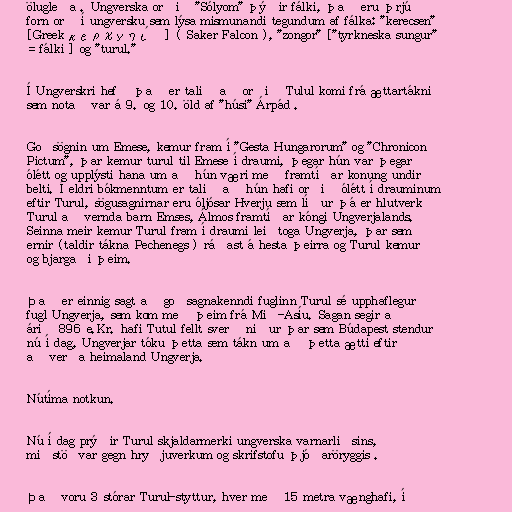
ölugleða . Ungverska orðið "Sólyom" þýðir fálki, það eru þrjú
forn orð í ungversku sem lýsa mismunandi tegundum af fálka: "kerecsen"
[Greek κερχνηίς] ( Saker Falcon ), "zongor" ["tyrkneska sungur"
= fálki ] og "turul."

Í Ungverskri hefð það er talið að orðið Tulul komi frá ættartákni
sem notað var á 9. og 10. öld af "húsi" Árpád .

Goðsögnin um Emese, kemur fram í "Gesta Hungarorum" og "Chronicon
Pictum", þar kemur turul til Emese í draumi, þegar hún var þegar
ólétt og upplýsti hana um að hún væri með framtíðar konung undir
belti. Í eldri bókmenntum er talið að hún hafi orðið ólétt í drauminum
eftir Turul, sögusagnirnar eru óljósar Hverju sem líður þá er hlutverk
Turul að vernda barn Emses, Álmos framtíðar kóngi Ungverjalands.
Seinna meir kemur Turul fram í draumi leiðtoga Ungverja, þar sem
ernir (taldir tákna Pechenegs ) ráðast á hesta þeirra og Turul kemur
og bjargaði þeim.

Það er einnig sagt að goðsagnakenndi fuglinn Turul sé upphaflegur
fugl Ungverja, sem kom með þeim frá Mið-Asíu. Sagan segir að
árið 896 e.Kr. hafi Tutul fellt sverð niður þar sem Búdapest stendur
nú í dag, Ungverjar tóku þetta sem tákn um að þetta ætti eftir
að verða heimaland Ungverja.

Nútíma notkun.

Nú í dag prýðir Turul skjaldarmerki ungverska varnarliðsins,
miðstöðvar gegn hryðjuverkum og skrifstofu þjóðaröryggis .

Það voru 3 stórar Turul-styttur, hver með 15 metra vænghafi, í